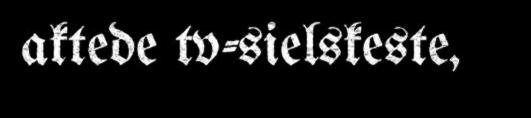
aktede tv-sielskeste,